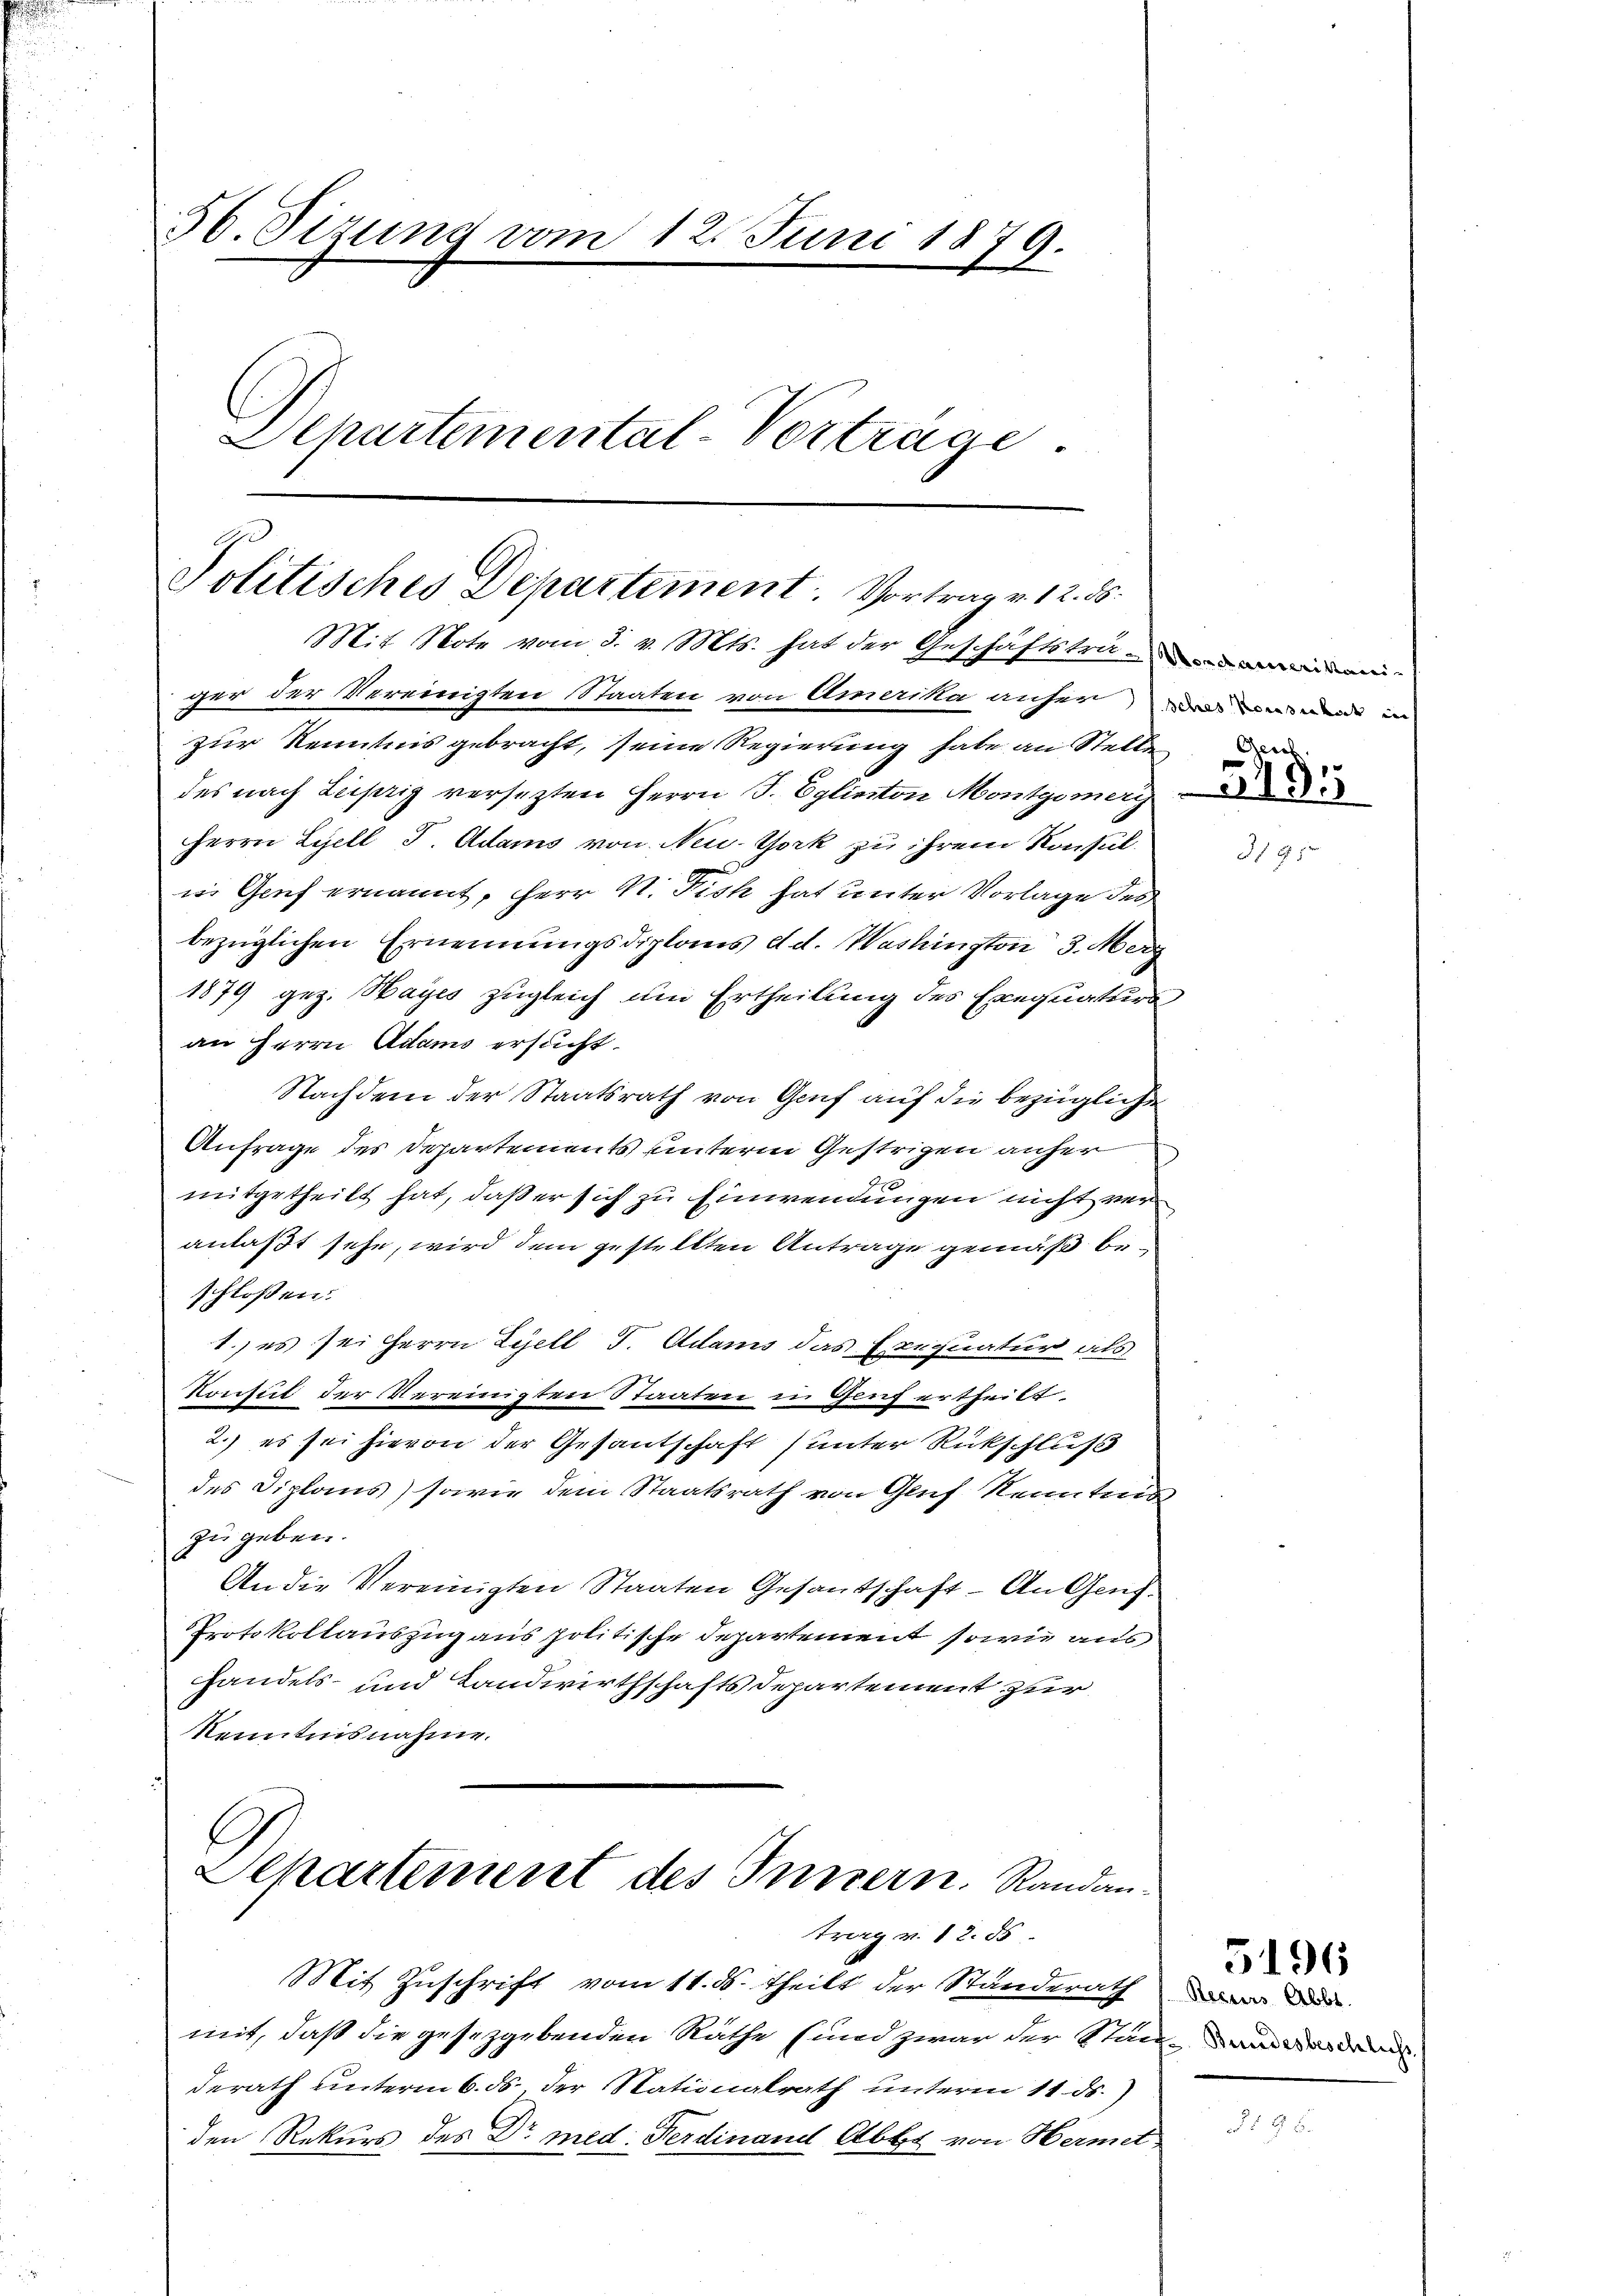
56. Sizung vom 12. Juni 1879.
Departemental-Vertrage.

Politisches Departement. Vortrag v. 12. ds.
Mit Note vom 3. v. Mts. hat der Geschäftsträumen-

ger der Vereinigten Staaten von Amerika anher eine in
zur Kenntnis gebracht, seine Regierung habe an Stelle
des nach Leipzig versetzten Herrn J. Egliston Montgomer
Herrn Lyell T. Adams von Neu- York zu ihrem Konsuli. Genf ernannt, Herr N. Fisch hat unter Vorlage des
bezüglichen Ernennungsdiploms d. d. Washington 3. Merz
1879 geg. Mayes zugleich um Ertheilung des Exequaturs
an Herrn Adams ersucht.
Nachdem der Staatsrath von Genf auf die bezügliche
Anfrage des Departements unterm Gestrigen anher
mitgetheilt hat, daß er sich zu Einweinungen nicht veranlaßt sehe, wird dem gestellten Antrage gemäß beschloßen:
1.) es sei Herrn Zyell I. Adams das Exequatur als
Sontut der Vereinigten Staaten in Genf ertheilt.
2.) es sei hievon der Gesantschaft) unter Rückschluß
des Diplaus) sowie dem Staatsrath von Gluf Kenntnis
zu geben.
An die Vereinigten Staaten Gesantschaft. An Genf.
Protokollauszug aus politische Departement sowie aus
handels- und Landwirthschafts Departement zur
Kenntnisnahme.
E
Sekartement des Innern. Randan-

trag v. 12. d

Mit Zuschrift vom 11. ds. theilt der Standerath den d
mit, daß die gesetzgebenden Räthe (und zwar der Stand- und der
derath unterm 6. ds., der Stationalrath unterm 11. ds.
den Rekurs des Dr med. Ferdinand Abbt von Hermet

5495

3

5196

88.